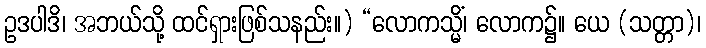
ဥဒပါဒိ၊ အဘယ်သို့ ထင်ရှားဖြစ်သနည်း။) “လောကသ္မိံ၊ လောက၌။ ယေ (သတ္တာ)၊